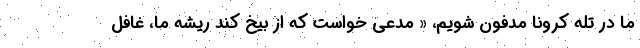
ما در تله کرونا مدفون شویم، « مدعی خواست که از بیخ کند ریشه ما، غافل